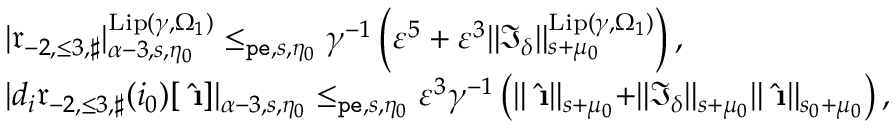
\begin{array} { r l } & { | \mathfrak { r } _ { - 2 , \le 3 , \sharp } | _ { \alpha - 3 , s , \eta _ { 0 } } ^ { \mathrm { L i p } ( \gamma , \Omega _ { 1 } ) } \le _ { \mathtt { p e } , s , \eta _ { 0 } } \gamma ^ { - 1 } \left( \varepsilon ^ { 5 } + \varepsilon ^ { 3 } \rVert \mathfrak { I } _ { \delta } \rVert _ { s + \mu _ { 0 } } ^ { \mathrm { L i p } ( \gamma , \Omega _ { 1 } ) } \right) , } \\ & { | d _ { i } \mathfrak { r } _ { - 2 , \le 3 , \sharp } ( i _ { 0 } ) [ \hat { \textbf { \i } } ] | _ { \alpha - 3 , s , \eta _ { 0 } } \le _ { \mathtt { p e } , s , \eta _ { 0 } } \varepsilon ^ { 3 } \gamma ^ { - 1 } \left( \rVert \hat { \textbf { \i } } \rVert _ { s + \mu _ { 0 } } + \rVert \mathfrak { I } _ { \delta } \rVert _ { s + \mu _ { 0 } } \rVert \hat { \textbf { \i } } \rVert _ { s _ { 0 } + \mu _ { 0 } } \right) , } \end{array}